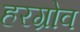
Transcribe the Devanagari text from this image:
हरग्रोव